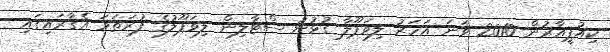
ކިއުޕީއާރުން 2010 ވަނަ އަހަރު ލިވަޕޫލާ ގުޅުނު ސްޓާލިން ލިވަޕޫލުގެ ފުރަތަމަ އެގާރައިގައި